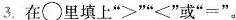
3.在\circ 里填上”>””<”或”=”。